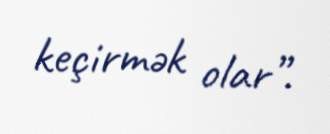
keçirmək olar”.